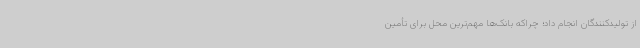
از تولید‌کنندگان انجام داد؛ چراکه بانک‌ها مهم‌ترین محل برای تأمین